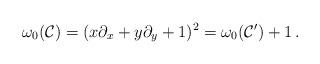
LaTeX: \begin{align*}\omega_0(\mathcal C)=(x\partial_x+y\partial_y+1)^2=\omega_0(\mathcal C')+1\,.\end{align*}